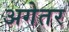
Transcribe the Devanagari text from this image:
अगेतर